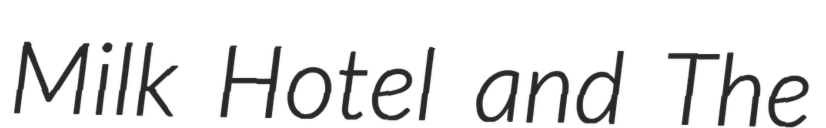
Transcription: Milk Hotel and The